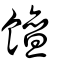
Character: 饘